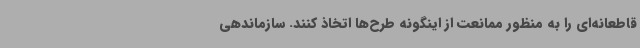
قاطعانه‌ای را به منظور ممانعت از اینگونه طرح‌ها اتخاذ کنند. سازماندهی